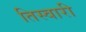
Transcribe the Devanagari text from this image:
तिस्वारी